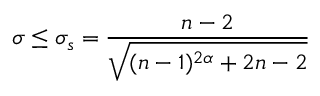
\sigma \leq \sigma _ { s } = \frac { n - 2 } { \sqrt { ( n - 1 ) ^ { 2 \alpha } + 2 n - 2 } }